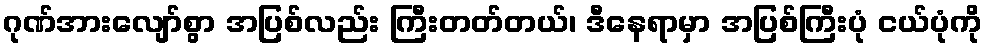
ဂုဏ်အားလျော်စွာ အပြစ်လည်း ကြီးတတ်တယ်၊ ဒီနေရာမှာ အပြစ်ကြီးပုံ ငယ်ပုံကို